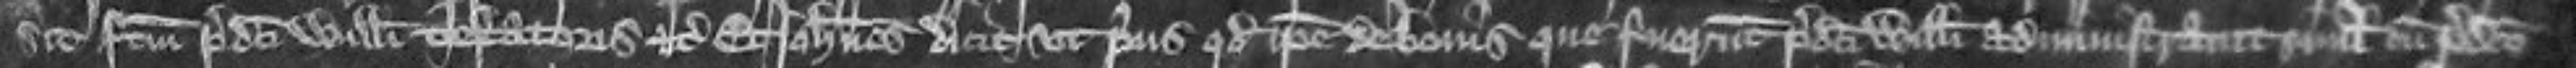
sit factum predicti Willelmi testatoris etc Et Johannes dicit ut prius quod ipse de bonis que fuerunt predicti Willelmi administravit simul cum predicto